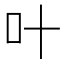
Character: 叶